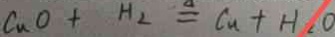
C u O + H _ { 2 } = C _ { n } + H _ { 2 } O